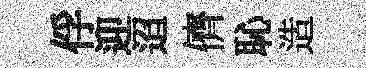
俘迎迢儕恥造